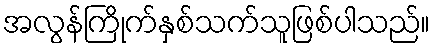
အလွန်ကြိုက်နှစ်သက်သူဖြစ်ပါသည်။